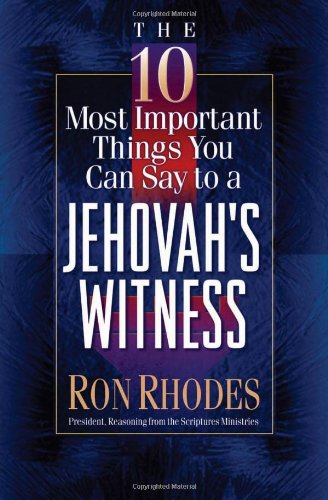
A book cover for The 10 Most Important Things You Can Say to a Jehovah's Witness; Ron Rhodes; Christian Books & Bibles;